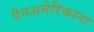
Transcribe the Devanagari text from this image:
पैनअमेरिकाना